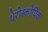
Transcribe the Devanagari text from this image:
थेरोस्कोपिक